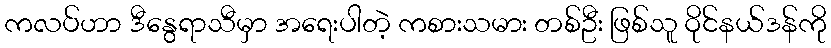
ကလပ်ဟာ ဒီနွေရာသီမှာ အရေးပါတဲ့ ကစားသမား တစ်ဦး ဖြစ်သူ ဝိုင်နယ်ဒန်ကို